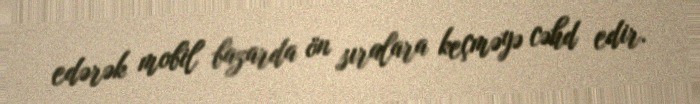
edərək mobil bazarda ön sıralara keçməyə cəhd edir.